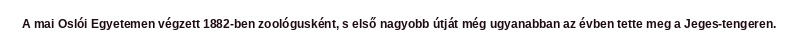
A mai Oslói Egyetemen végzett 1882-ben zoológusként, s első nagyobb útját még ugyanabban az évben tette meg a Jeges-tengeren.